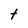
Character: t